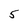
Character: 5